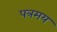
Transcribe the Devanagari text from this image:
पत्रमय